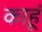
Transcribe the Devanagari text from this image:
काहूं